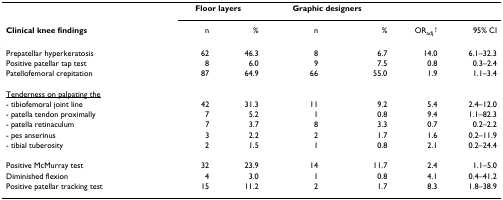
|  | <COLSPAN=2> Floor layers | <COLSPAN=2> Graphic designers |  |  |
 | Clinical knee findings | n | % | n | % | ORadj.† | 95% CI |
 | --- | --- | --- | --- | --- | --- | --- |
 | Prepatellar hyperkeratosis | 62 | 46.3 | 8 | 6.7 | 14.0 | 6.1–32.3 |
 | Positive patellar tap test | 8 | 6.0 | 9 | 7.5 | 0.8 | 0.3–2.4 |
 | Patellofemoral crepitation | 87 | 64.9 | 66 | 55.0 | 1.9 | 1.1–3.4 |
 | <underline>Tenderness on palpating the</underline> |  |  |  |  |  |  |
 | - tibiofemoral joint line | 42 | 31.3 | 11 | 9.2 | 5.4 | 2.4–12.0 |
 | - patella tendon proximally | 7 | 5.2 | 1 | 0.8 | 9.4 | 1.1–82.3 |
 | - patella retinaculum | 7 | 3.7 | 8 | 3.3 | 0.7 | 0.2–2.2 |
 | - pes anserinus | 3 | 2.2 | 2 | 1.7 | 1.6 | 0.2–11.9 |
 | - tibial tuberosity | 2 | 1.5 | 1 | 0.8 | 2.1 | 0.2–24.4 |
 | Positive McMurray test | 32 | 23.9 | 14 | 11.7 | 2.4 | 1.1–5.0 |
 | Diminished flexion | 4 | 3.0 | 1 | 0.8 | 4.1 | 0.4–41.2 |
 | Positive patellar tracking test | 15 | 11.2 | 2 | 1.7 | 8.3 | 1.8–38.9 |